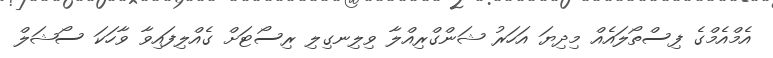
އެމްއެމްގެ ފިސްތޯލައެއް މިދިޔަ އަހަރު ޝަންގްރިއްލާ ވިލިނގިލި ރިސޯޓަށް ގެއްލިފައިވާ ވާހަކަ ސޯޝަލް